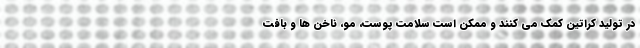
در تولید کراتین کمک می کنند و ممکن است سلامت پوست، مو، ناخن ها و بافت